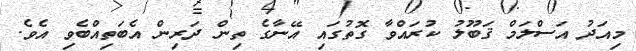
މިއަދު އަސްލަމް ޤަބޫލު ކުރައްވާ ގޮތުގައި އޭނާގެ ތިން ދަރިން އެބަތިއްބެވި އެވެ.